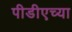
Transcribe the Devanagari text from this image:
पीडीएच्या